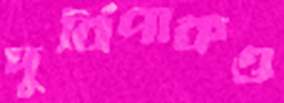
দুর্বিপাকও